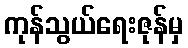
ကုန်သွယ်ရေးဇုန်မှ